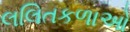
લલિતકળાઓ